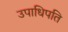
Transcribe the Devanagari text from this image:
उपाधिपति